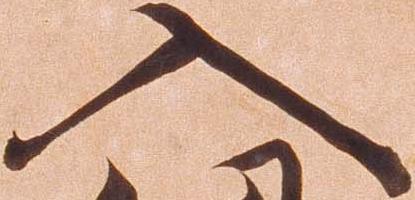
入